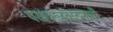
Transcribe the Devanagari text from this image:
पखवाजवादनाची